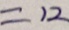
= 1 2